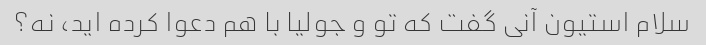
سلام استیون آنی گفت که تو و جولیا با هم دعوا کرده اید، نه؟